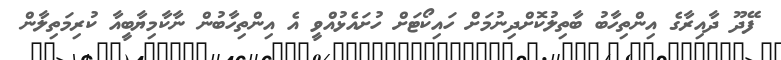
ފޭދޫ ދާއިރާގެ އިންތިހާބު ބާތިލުކޮށްދިނުމަށް ހައިކޯޓަށް ހުށައެޅުއްވީ އެ އިންތިހާބުން ނާކާމިޔާބީއާ ކުރިމަތިލާން